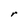
Character: r